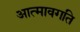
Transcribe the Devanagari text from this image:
आत्मावगति